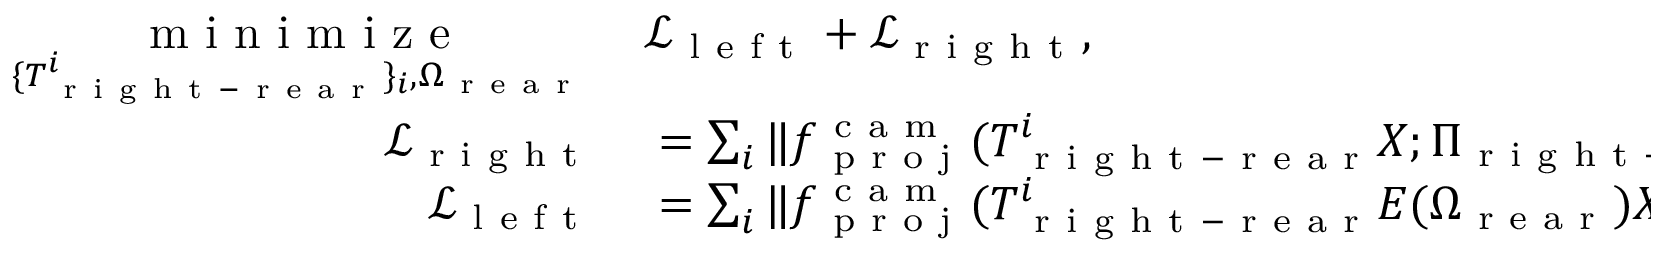
\begin{array} { r l } { \underset { \{ T _ { \mathrm { ~ r ~ i ~ g ~ h ~ t ~ - ~ r ~ e ~ a ~ r ~ } } ^ { i } \} _ { i } , \Omega _ { \mathrm { ~ r ~ e ~ a ~ r ~ } } } { \mathrm { ~ m ~ i ~ n ~ i ~ m ~ i ~ z ~ e ~ } } \, } & { { } \mathcal { L } _ { \mathrm { ~ l ~ e ~ f ~ t ~ } } + \mathcal { L } _ { \mathrm { ~ r ~ i ~ g ~ h ~ t ~ } } , } \\ { \mathcal { L } _ { \mathrm { ~ r ~ i ~ g ~ h ~ t ~ } } } & { { } = \sum _ { i } \| f _ { \mathrm { ~ p ~ r ~ o ~ j ~ } } ^ { \mathrm { ~ c ~ a ~ m ~ } } ( T _ { \mathrm { ~ r ~ i ~ g ~ h ~ t ~ - ~ r ~ e ~ a ~ r ~ } } ^ { i } X ; \Pi _ { \mathrm { ~ r ~ i ~ g ~ h ~ t ~ - ~ r ~ e ~ a ~ r ~ } } ) - p _ { \mathrm { ~ r ~ i ~ g ~ h ~ t ~ - ~ r ~ e ~ a ~ r ~ } } \| _ { 2 } , } \\ { \mathcal { L } _ { \mathrm { ~ l ~ e ~ f ~ t ~ } } } & { { } = \sum _ { i } \| f _ { \mathrm { ~ p ~ r ~ o ~ j ~ } } ^ { \mathrm { ~ c ~ a ~ m ~ } } ( T _ { \mathrm { ~ r ~ i ~ g ~ h ~ t ~ - ~ r ~ e ~ a ~ r ~ } } ^ { i } E ( \Omega _ { \mathrm { ~ r ~ e ~ a ~ r ~ } } ) X ; \Pi _ { \mathrm { ~ l ~ e ~ f ~ t ~ - ~ r ~ e ~ a ~ r ~ } } ) - p _ { \mathrm { ~ l ~ e ~ f ~ t ~ - ~ r ~ e ~ a ~ r ~ } } \| _ { 2 } . } \end{array}